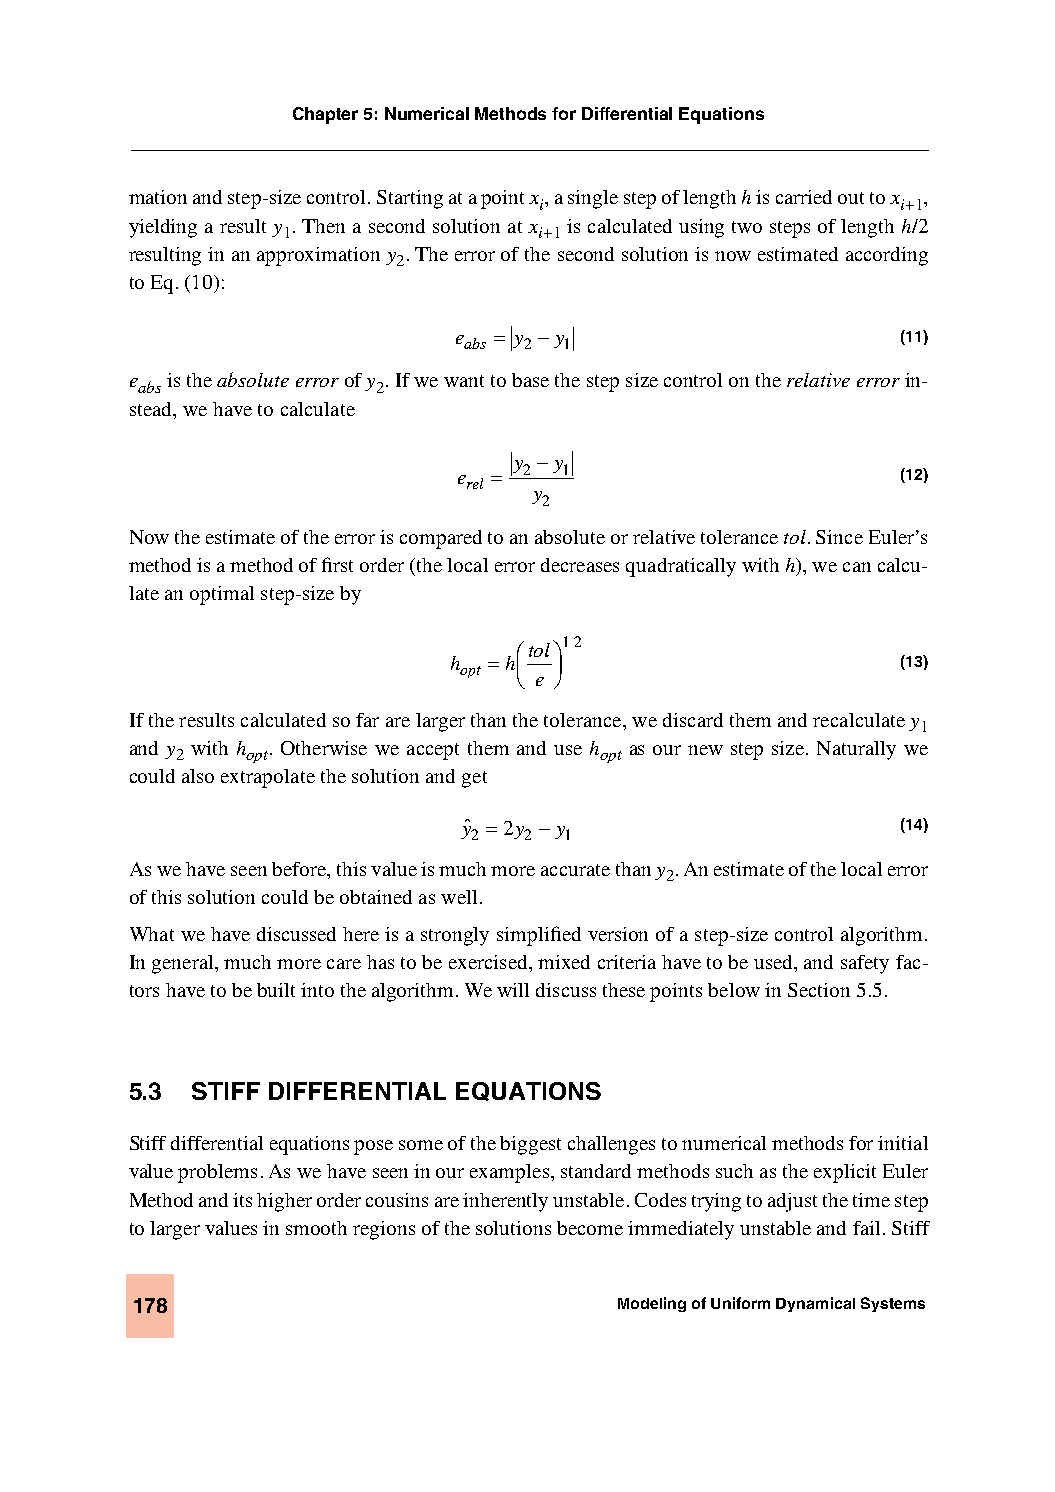
Chapter 5: Numerical Methods for Differential Equations
 mation and step-size control. Starting at a point x, a single step of length h is carried out to x ,
 i                       i+1
 yielding a result y . Then a second solution at x is calculated using two steps of length h/2
 1                i+1
 resulting in an approximation y . The error of the second solution is now estimated according
 2
 to Eq. (10):
 e  = y −y                     (11)
 abs 2 1
 e is the absolute error of y . If we want to base the step size control on the relative error in-
 abs             2
 stead, we have to calculate
 y −y
 e  = 2 1                      (12)
 rel
 y
 2
 Now the estimate of the error is compared to an absolute or relative tolerance tol. Since Euler’s
 method is a method of first order (the local error decreases quadratically with h), we can calcu-
 late an optimal step-size by
 tol12
 h =h                          (13)
 opt   
 e
 If the results calculated so far are larger than the tolerance, we discard them and recalculate y
 1
 and y with h . Otherwise we accept them and use h as our new step size. Naturally we
 2   opt                     opt
 could also extrapolate the solution and get
 yˆ =2y −y                    (14)
 2   2 1
 As we have seen before, this value is much more accurate than y . An estimate of the local error
 2
 of this solution could be obtained as well.
 What we have discussed here is a strongly simplified version of a step-size control algorithm.
 In general, much more care has to be exercised, mixed criteria have to be used, and safety fac-
 tors have to be built into the algorithm. We will discuss these points below in Section 5.5.
 5.3 STIFF DIFFERENTIAL EQUATIONS
 Stiff differential equations pose some of the biggest challenges to numerical methods for initial
 value problems. As we have seen in our examples, standard methods such as the explicit Euler
 Method and its higher order cousins are inherently unstable. Codes trying to adjust the time step
 to larger values in smooth regions of the solutions become immediately unstable and fail. Stiff
 178                             Modeling of Uniform Dynamical Systems